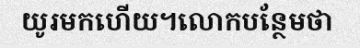
យូរមកហើយ។លោកបន្ថែមថា